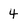
Character: 4